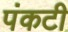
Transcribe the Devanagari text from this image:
पंकटी